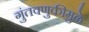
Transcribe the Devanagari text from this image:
गुंतवणुकीमुळे